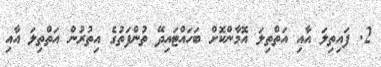
2. ފައިތިލަ އާއި އަތްތިލަ އޮމާންކޮށް ބަހައްޓައިދޭ ތުންފަތުގެ އިތުރުން އަތްތިލަ އާއި